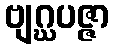
ဗျဂ္ဃပဇ္ဇာ